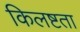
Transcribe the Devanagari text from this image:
किलष्टता